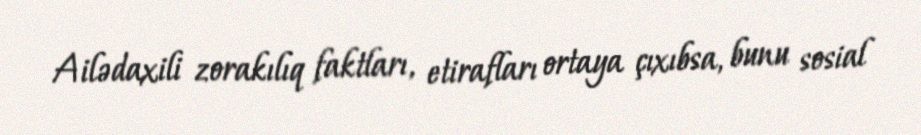
Ailədaxili zorakılıq faktları, etirafları ortaya çıxıbsa, bunu sosial